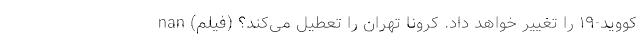
کووید-۱۹ را تغییر خواهد داد. کرونا تهران را تعطیل می‌کند؟ (فیلم) nan